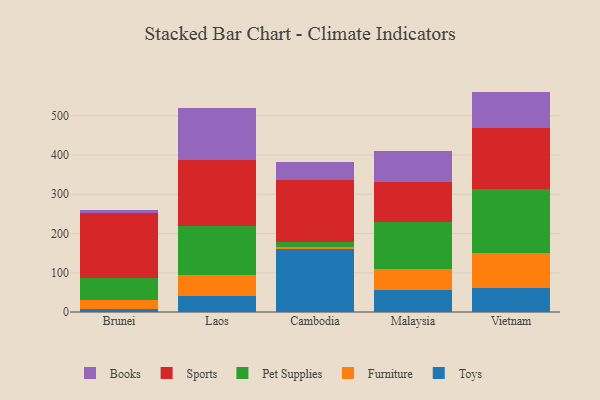
{"axis": {"x": "Country", "y": "Churn Rate (%)"}, "legend": ["Books", "Furniture", "Pet Supplies", "Sports", "Toys"], "data": [{"x": "Brunei", "y": 7.4, "type": "Toys"}, {"x": "Brunei", "y": 23.1, "type": "Furniture"}, {"x": "Brunei", "y": 56.6, "type": "Pet Supplies"}, {"x": "Brunei", "y": 165.1, "type": "Sports"}, {"x": "Brunei", "y": 7.9, "type": "Books"}, {"x": "Laos", "y": 41.8, "type": "Toys"}, {"x": "Laos", "y": 51.4, "type": "Furniture"}, {"x": "Laos", "y": 126.1, "type": "Pet Supplies"}, {"x": "Laos", "y": 168.0, "type": "Sports"}, {"x": "Laos", "y": 132.7, "type": "Books"}, {"x": "Cambodia", "y": 160.7, "type": "Toys"}, {"x": "Cambodia", "y": 5.5, "type": "Furniture"}, {"x": "Cambodia", "y": 11.2, "type": "Pet Supplies"}, {"x": "Cambodia", "y": 159.6, "type": "Sports"}, {"x": "Cambodia", "y": 44.9, "type": "Books"}, {"x": "Malaysia", "y": 56.4, "type": "Toys"}, {"x": "Malaysia", "y": 52.7, "type": "Furniture"}, {"x": "Malaysia", "y": 120.0, "type": "Pet Supplies"}, {"x": "Malaysia", "y": 103.3, "type": "Sports"}, {"x": "Malaysia", "y": 77.4, "type": "Books"}, {"x": "Vietnam", "y": 62.2, "type": "Toys"}, {"x": "Vietnam", "y": 87.6, "type": "Furniture"}, {"x": "Vietnam", "y": 164.9, "type": "Pet Supplies"}, {"x": "Vietnam", "y": 154.2, "type": "Sports"}, {"x": "Vietnam", "y": 92.7, "type": "Books"}]}